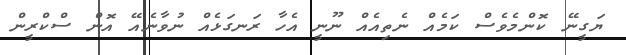
ޔަގީނޭ ކޮންމެވެސް ކަމެއް ނެތިއެއް ނޫނީ އެހާ ރަނގަޅެއް ނުވާނެއޭ އޮން ސްކްރީން